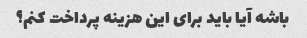
باشه آیا باید برای این هزینه پرداخت کنم؟